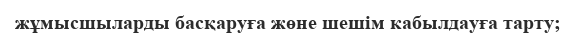
жұмысшыларды басқаруға жөне шешім кабылдауға тарту;